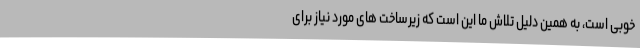
خوبی است، به همین دلیل تلاش ما این است که زیرساخت های مورد نیاز برای